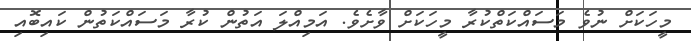
މީހަކަށް ނުވެ މަސައްކަތްކުރާ މީހަކަށް ވާށެވެ. އަމިއްލަ އަތުން ކުރާ މަސައްކަތުން ކައިބޮއި